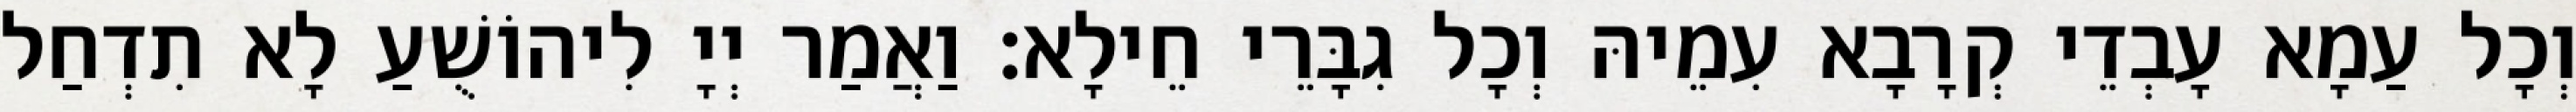
וְכָל עַמָא עָבְדֵי קְרָבָא עִמֵיהּ וְכָל גִבָּרֵי חֵילָא׃ וַאֲמַר יְיָ לִיהוֹשֻׁעַ לָא תִדְחַל